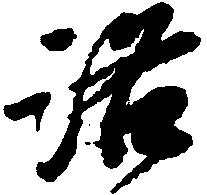
洛